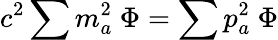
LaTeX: c^{2}\sum m_{a}^{2}\ \Phi=\sum p_{a}^{2}\ \Phi